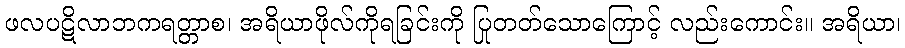
ဖလပဋိလာဘကရတ္တာစ၊ အရိယာဖိုလ်ကိုရခြင်းကို ပြုတတ်သောကြောင့် လည်းကောင်း။ အရိယာ၊